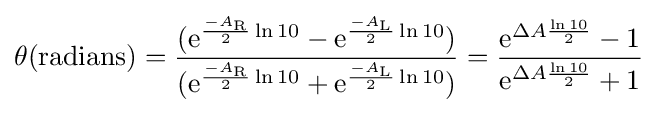
\theta ({\text{radians}})={\frac {(\mathrm {e} ^{{\frac {-A_{\mathrm {R} }}{2}}\ln 10}-\mathrm {e} ^{{\frac {-A_{\mathrm {L} }}{2}}\ln 10})}{(\mathrm {e} ^{{\frac {-A_{\mathrm {R} }}{2}}\ln 10}+\mathrm {e} ^{{\frac {-A_{\mathrm {L} }}{2}}\ln 10})}}={\frac {\mathrm {e} ^{\Delta A{\frac {\ln 10}{2}}}-1}{\mathrm {e} ^{\Delta A{\frac {\ln 10}{2}}}+1}}